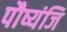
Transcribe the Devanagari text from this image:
पौष्यंजि